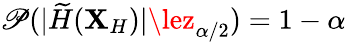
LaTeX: \mathscr{P}(|\widetilde{{H}}(\mathbf{{X}}_{H})|\lez_{\alpha/2})=1-\alpha